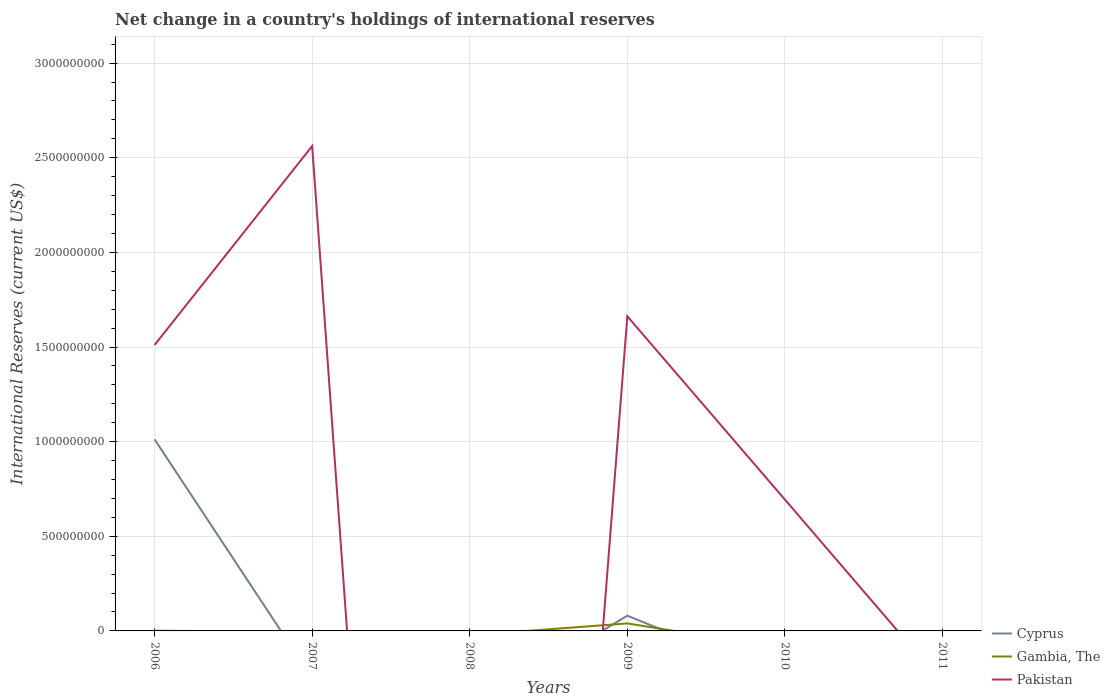
| Years | Cyprus | Gambia, The | Pakistan |
 | --- | --- | --- | --- |
 | 2006 | 1.01e+09 | 1.14e+06 | 1.51e+09 |
 | 2007 | -2.5e+08 | -5.95e+06 | 2.56e+09 |
 | 2008 | -4.2e+08 | -2.26e+07 | -9e+09 |
 | 2009 | 8.05e+07 | 3.96e+07 | 1.66e+09 |
 | 2010 | -2.58e+08 | -9.33e+07 | 6.94e+08 |
 | 2011 | -5.61e+07 | -4.94e+07 | -2.76e+08 |